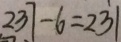
2 3 7 - 6 = 2 3 1